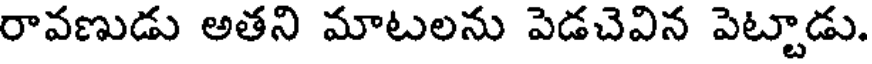
రావణుడు అతని మాటలను పెడచెవిన పెట్టాడు.